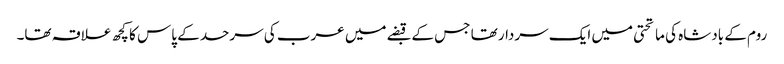
روم کے بادشاہ کی ماتحتی میں ایک سردار تھا جس کے قبضے میں عرب کی سرحد کے پاس کا کچھ علاقہ تھا۔